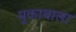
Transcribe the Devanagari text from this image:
मुकाबाला